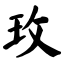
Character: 玫